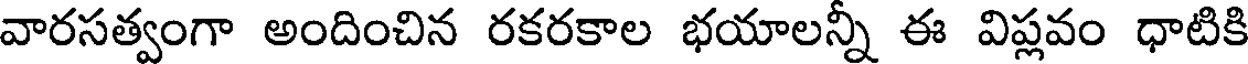
వారసత్వంగా అందించిన రకరకాల భయాలన్ని ఈ విప్లవం ధాటికి